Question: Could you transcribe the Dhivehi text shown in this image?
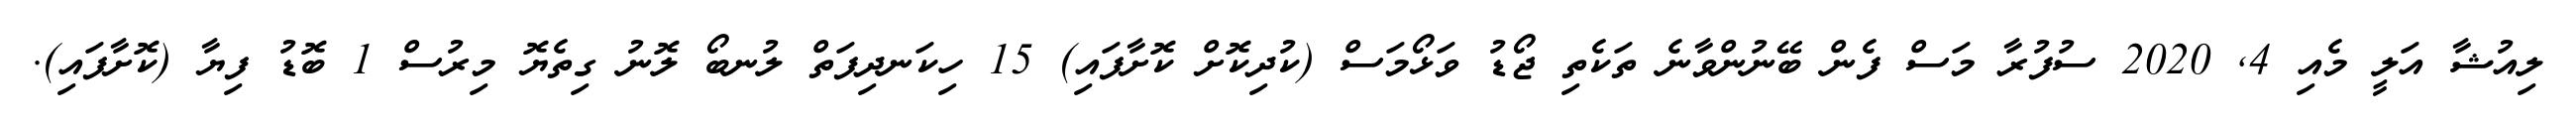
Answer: ލިއުޝާ އަލީ މެއި 4, 2020 ސުފުރާ މަސް ފެން ބޭނުންވާނެ ތަކެތި ޖޯޑު ވަޅޯމަސް (ކުދިކޮށް ކޮށާފައި) 15 ހިކަނދިފަތް ލުނބޯ ލޮނު ގިތެޔޮ މިރުސް 1 ބޮޑު ފިޔާ (ކޮށާފައި).